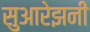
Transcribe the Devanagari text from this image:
सुआरेझनी